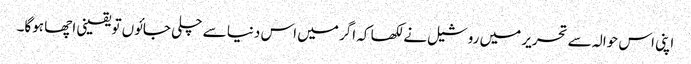
اپنی اس حوالہ سے تحریر میں روشیل نے لکھا کہ اگر میں اس دنیا سے چلی جائوں تو یقینی اچھا ہوگا۔